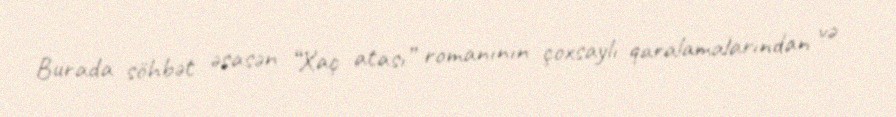
Burada söhbət əsasən “Xaç atası” romanının çoxsaylı qaralamalarından və